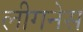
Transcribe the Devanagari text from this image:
लीगनेस